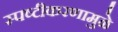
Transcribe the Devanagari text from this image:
स्पष्टीकरणामुळे